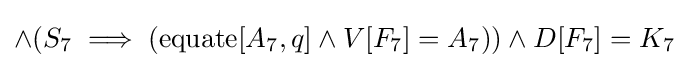
\land (S_{7}\implies (\operatorname {equate} [A_{7},q]\land V[F_{7}]=A_{7}))\land D[F_{7}]=K_{7}